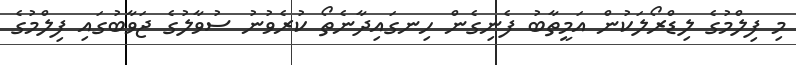
މި ފިލްމުގެ ލިޑްރޯލަކުން އަމީތާބު ފެނިގެން ހިނގައިދާނެތޯ ކުރެވުނު ސުވާލުގެ ޖަވާބުގައި ފިލްމުގެ